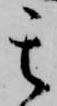
其